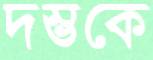
দম্ভকে